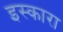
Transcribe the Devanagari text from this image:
इस्कारा